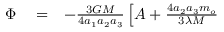
\begin{array} { r l r } { \Phi } & { { } = } & { - \frac { 3 G M } { 4 a _ { 1 } a _ { 2 } a _ { 3 } } \left[ A + \frac { 4 a _ { 2 } a _ { 3 } m _ { o } } { 3 \lambda M } \right. } \end{array}